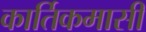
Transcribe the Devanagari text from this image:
कार्तिकमासीं